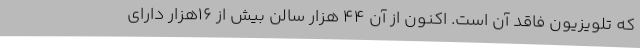
که تلویزیون فاقد آن است. اکنون از آن ۴۴ هزار سالن بیش از ۱۶هزار دارای